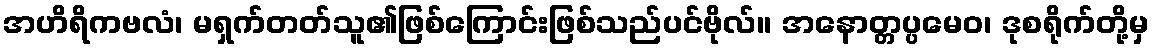
အဟိရိကဗလံ၊ မရှက်တတ်သူ၏ဖြစ်ကြောင်းဖြစ်သည်ပင်ဗိုလ်။ အနောတ္တပ္ပမေဝ၊ ဒုစရိုက်တို့မှ